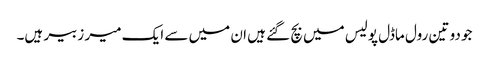
جو دو تین رول ماڈل پولیس میں بچ گئے ہیں ان میں سے ایک میر زبیر ہیں۔